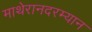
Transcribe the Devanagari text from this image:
माथेरानदरम्यान